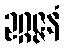
ဥဂ္ဂဇ္ဇနံ